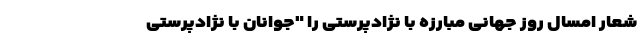
شعار امسال روز جهانی مبارزه با نژادپرستی را "جوانان با نژادپرستی